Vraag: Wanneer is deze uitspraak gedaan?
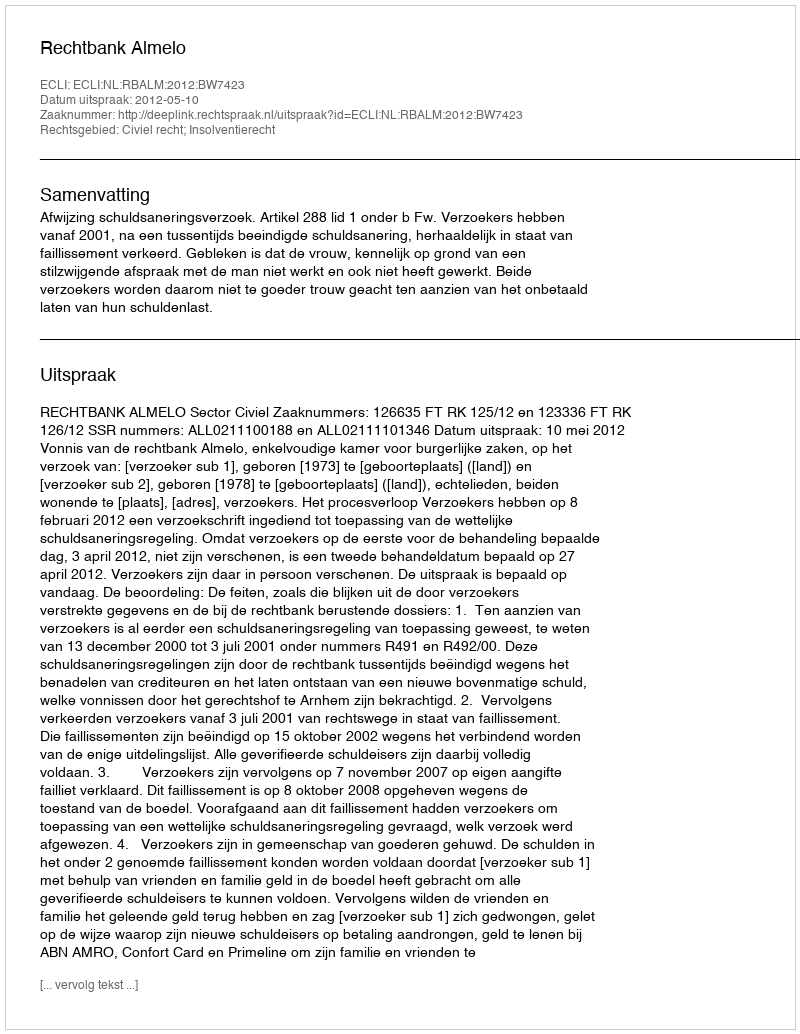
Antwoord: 2012-05-10